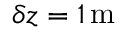
\delta z = 1 \mathrm { \, m }